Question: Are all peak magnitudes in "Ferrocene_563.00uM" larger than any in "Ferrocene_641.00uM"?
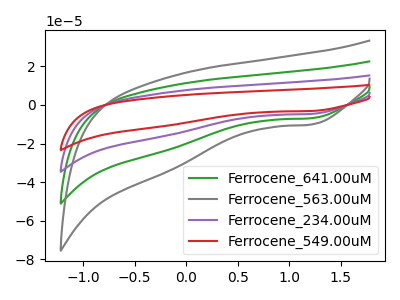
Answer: <think>The green curve "Ferrocene_641.00uM" has a cathodic peak at: (1.20V, -6.90uA). The gray curve "Ferrocene_563.00uM" has a cathodic peak at: (1.20V, -10.15uA). The purple curve "Ferrocene_234.00uM" has a cathodic peak at: (1.20V, -13.75uA). The red curve "Ferrocene_549.00uM" has a cathodic peak at: (1.20V, -20.65uA).</think>
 <answer>Every peak in "Ferrocene_563.00uM" is higher than every peak in "Ferrocene_641.00uM".</answer>
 <eval>higher</eval>